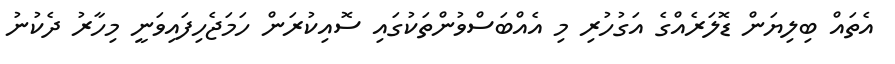
އެތައް ބިލިޔަން ޑޮލަރެއްގެ އަގުހުރި މި އެއްބަސްވުންތަކުގައި ސޮއިކުރަން ހަމަޖެހިފައިވަނީ މިހާރު ދެކުނު